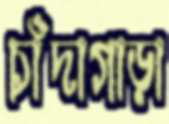
চাঁদাগাড়া